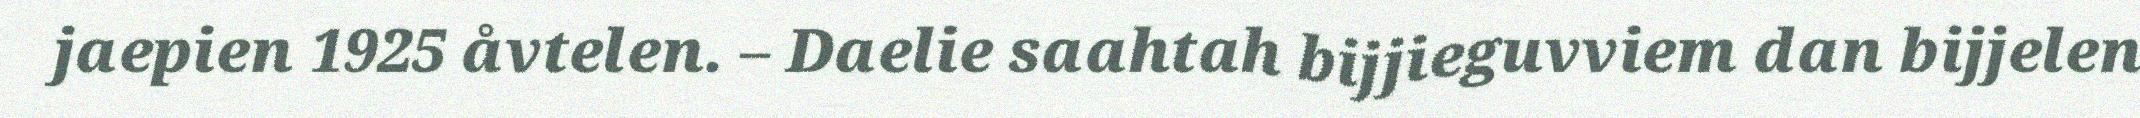
jaepien 1925 åvtelen. – Daelie saahtah bijjieguvviem dan bijjelen